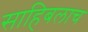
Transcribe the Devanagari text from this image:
साहिबलाच